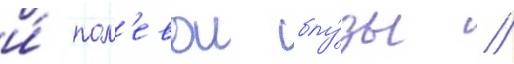
и́ пол'евои блу́зы //